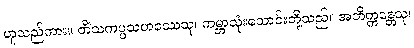
ဟူသည်ကား။ တိံသကပ္ပသဟဿေသု၊ ကမ္ဘာသုံးသောင်းတို့သည်။ အဘိက္ကန္တေသု၊